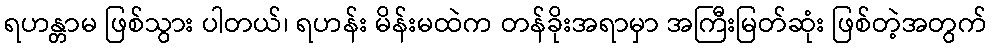
ရဟန္တာမ ဖြစ်သွား ပါတယ်၊ ရဟန်း မိန်းမထဲက တန်ခိုးအရာမှာ အကြီးမြတ်ဆုံး ဖြစ်တဲ့အတွက်